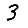
Digit: 3